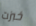
خبزت